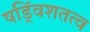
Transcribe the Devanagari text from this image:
षड्विंशतत्व